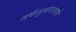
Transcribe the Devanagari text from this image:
तर्कसुसंगतपणे